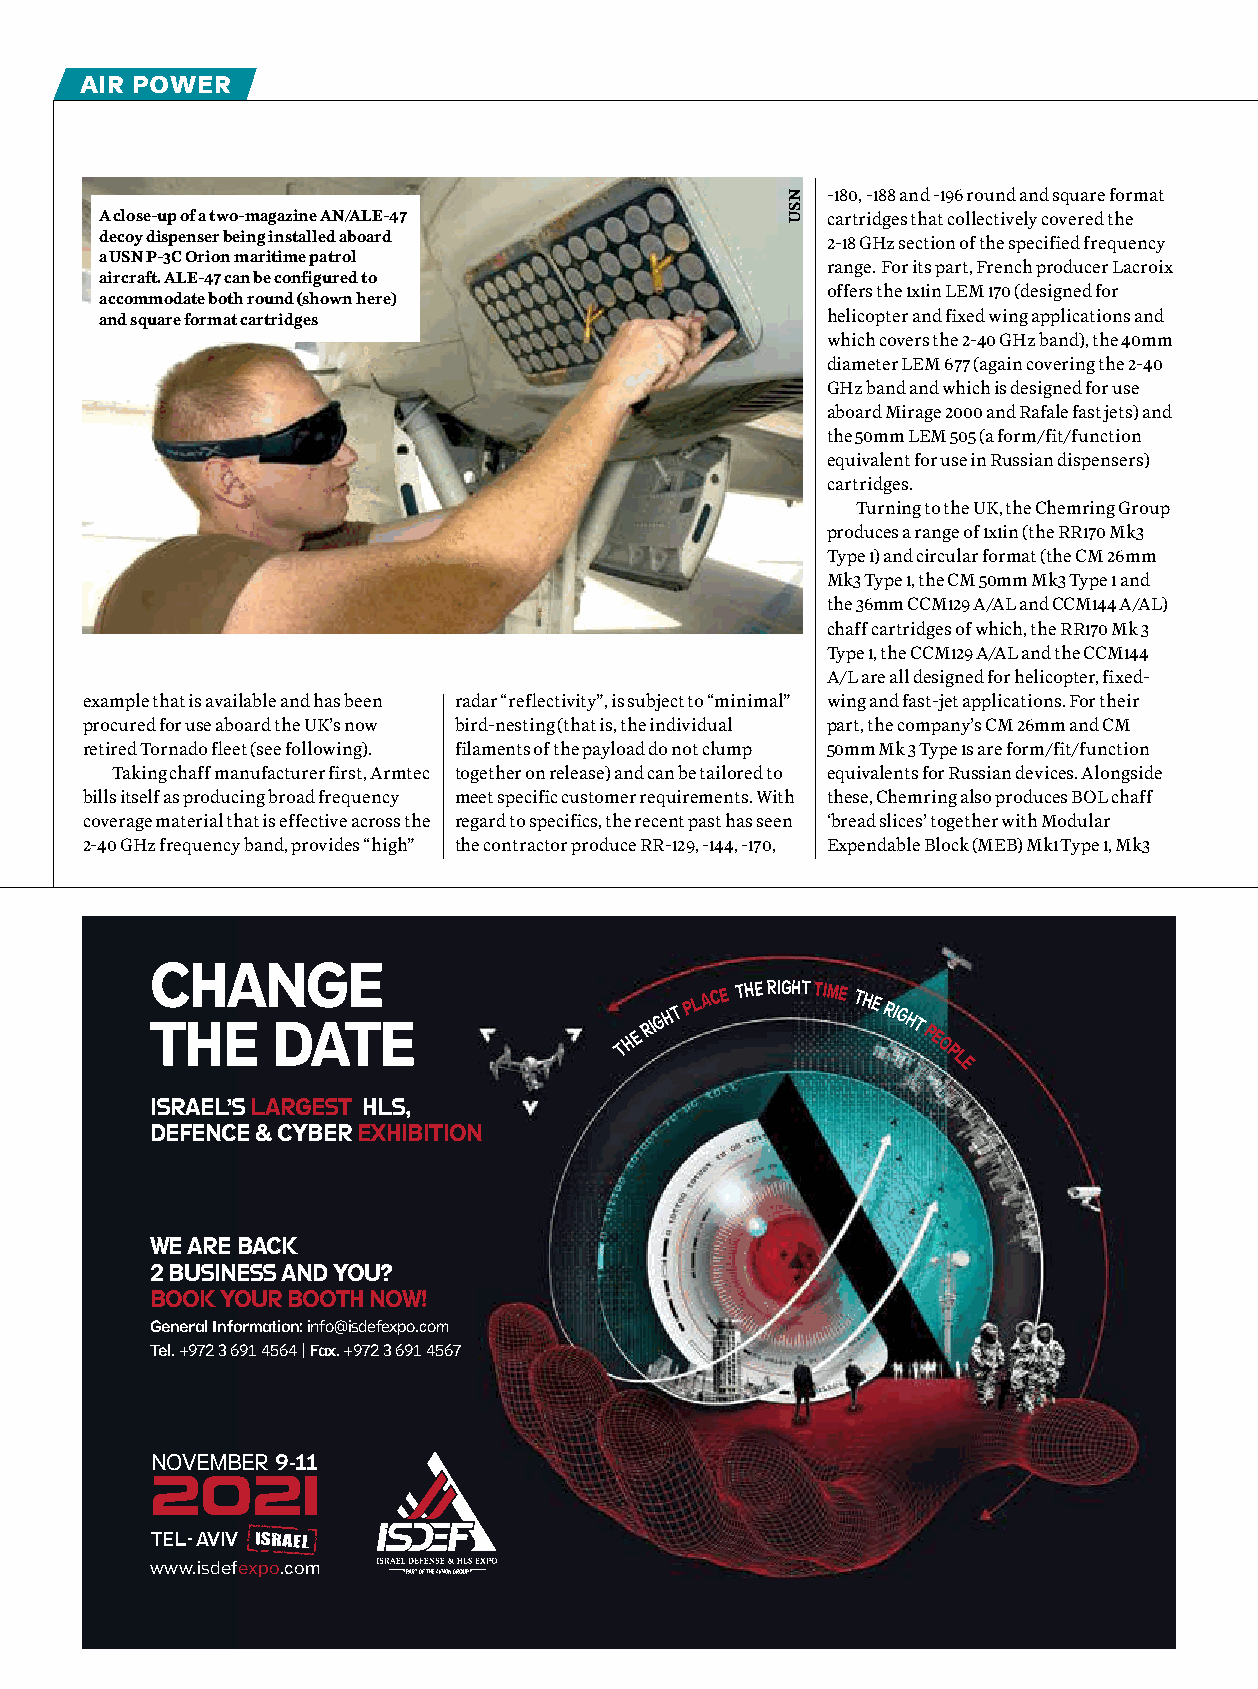
air power
 -180, -188 and -196 round and square format
 A close-up of a two-magazine AN/ALE-47          cartridges that collectively covered the
 decoy dispenser being installed aboard          2-18 GHz section of the specified frequency
 a USN P-3C Orion maritime patrol
 range. For its part, French producer Lacroix
 aircraft. ALE-47 can be configured to
 offers the 1x1in LEM 170 (designed for
 accommodate both round (shown here)
 and square format cartridges                    helicopter and fixed wing applications and
 which covers the 2-40 GHz band), the 40mm
 diameter LEM 677 (again covering the 2-40
 GHz band and which is designed for use
 aboard Mirage 2000 and Rafale fast jets) and
 the 50mm LEM 505 (a form/fit/function
 equivalent for use in Russian dispensers)
 cartridges.
 Turning to the UK, the Chemring Group
 produces a range of 1x1in (the RR170 Mk3
 Type 1) and circular format (the CM 26mm
 Mk3 Type 1, the CM 50mm Mk3 Type 1 and
 the 36mm CCM129 A/AL and CCM144 A/AL)
 chaff cartridges of which, the RR170 Mk 3
 Type 1, the CCM129 A/AL and the CCM144
 A/L are all designed for helicopter, fixed-
 example that is available and has been radar “reflectivity”, is subject to “minimal” wing and fast-jet applications. For their
 procured for use aboard the UK’s now bird-nesting (that is, the individual part, the company’s CM 26mm and CM
 retired Tornado fleet (see following). filaments of the payload do not clump 50mm Mk 3 Type 1s are form/fit/function
 Taking chaff manufacturer first, Armtec together on release) and can be tailored to equivalents for Russian devices. Alongside
 bills itself as producing broad frequency meet specific customer requirements. With these, Chemring also produces BOL chaff
 coverage material that is effective across the regard to specifics, the recent past has seen ‘bread slices’ together with Modular
 2-40 GHz frequency band, provides “high” the contractor produce RR-129, -144, -170, Expendable Block (MEB) Mk1 Type 1, Mk3
 CHANGE
 THE     DATE                   THE
 RIG H T P L ACE THE RIGHT TIME THE RIGHT
 PE
 O
 P
 L
 E
 ISRAEL’S LARGEST HLS,
 DEFENCE & CYBER EXHIBITION
 WE ARE BACK
 2 BUSINESS AND YOU?
 BOOK YOUR BOOTH NOW!
 General Information: info@isdefexpo.com
 Tel. +972 3 691 4564 | Fax. +972 3 691 4567
 NOVEMBER 9-11
 2021
 TEL- AVIV
 www.isdefexpo.com
 52 armadainternational.com - june-july 2021
 NSU